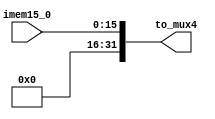
`timescale 1ns / 1ps
//////////////////////////////////////////////////////////////////////////////////
// Company: 
// Engineer: 
// 
// Design Name: 
// Module Name: Ext16
// Project Name: 
// Target Devices: 
// Tool Versions: 
// Description: 
// 
// Dependencies: 
// 
// Revision:
// Revision 0.01 - File Created
// Additional Comments:
// 
//////////////////////////////////////////////////////////////////////////////////


module Ext16(
    input [15 : 0] imem15_0,
    output [31 : 0] to_mux4
    );
    assign to_mux4 = {{(16){1'b0}},imem15_0};
endmodule